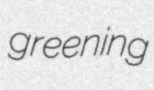
greening